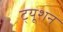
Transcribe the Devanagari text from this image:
ट्‍यूशन